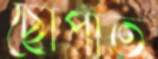
ছোপাত